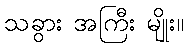
သခွား အကြီး မျိုး။